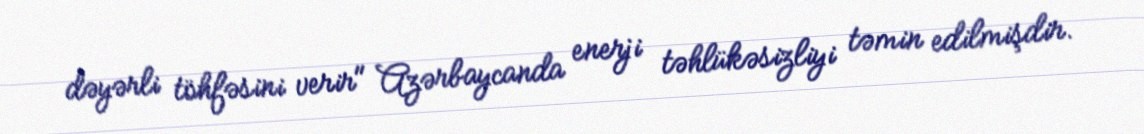
dəyərli töhfəsini verir" Azərbaycanda enerji təhlükəsizliyi təmin edilmişdir.